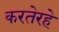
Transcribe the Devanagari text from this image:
करतेरहे